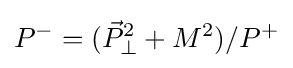
P^{-}=({\vec {P}}_{\perp }^{2}+M^{2})/P^{+}